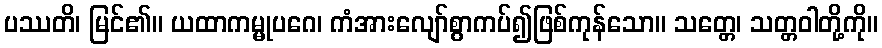
ပဿတိ၊ မြင်၏။ ယထာကမ္မုပဂေ၊ ကံအားလျော်စွာကပ်၍ဖြစ်ကုန်သော။ သတ္တေ၊ သတ္တဝါတို့ကို။